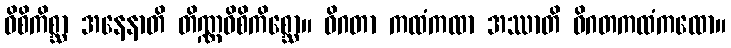
ဝိစိကိစ္ဆာ အနေနာတိ တိဏ္ဏဝိစိကိစ္ဆော။ ဝိဂတာ ကထံကထာ အဿာတိ ဝိဂတကထံကထော။